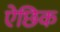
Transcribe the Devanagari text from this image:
ऐछिक